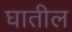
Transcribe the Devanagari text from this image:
घातील